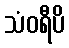
သံဝရီပိ